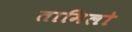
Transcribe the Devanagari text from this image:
तामिलो